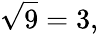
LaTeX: {\sqrt{9}}=3,